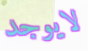
لايوجد